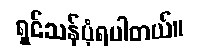
ရှင်သန်ပုံရပါတယ်။